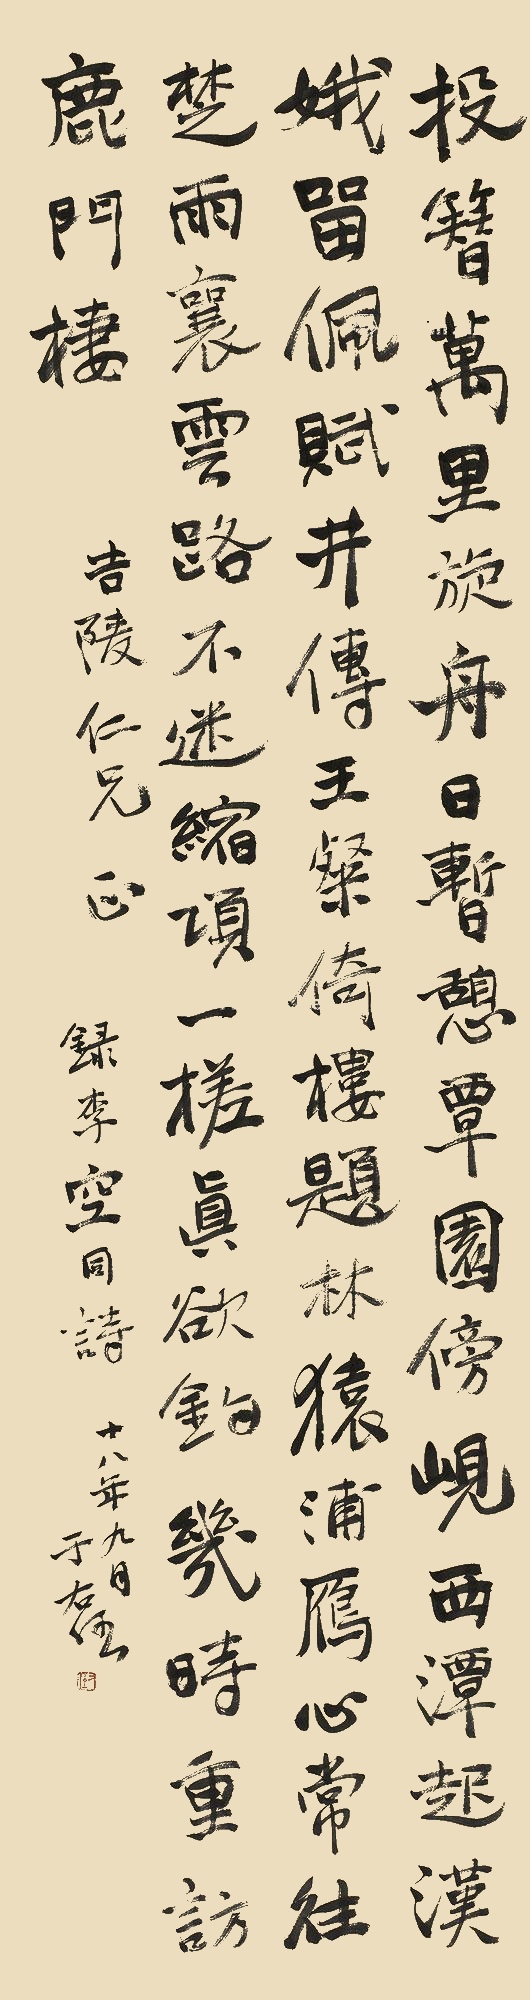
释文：投簪万里旋舟日，暂憩覃园傍岘西。潭起汉娥留佩赋，井传王粲倚楼题。林猿浦鴈心常往，楚雨襄云路不迷。缩项一槎真欲钓，几时重访鹿门栖。吉陵仁兄正，录李空同诗。十八年九月，于右任。